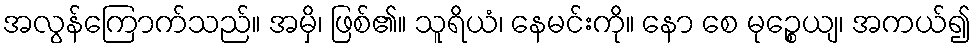
အလွန်ကြောက်သည်။ အမှိ၊ ဖြစ်၏။ သူရိယံ၊ နေမင်းကို။ နော စေ မုဉ္စေယျ၊ အကယ်၍